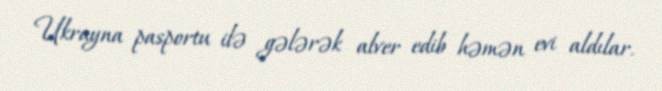
Ukrayna pasportu ilə gələrək alver edib həmən evi aldılar.